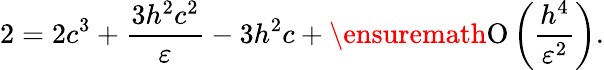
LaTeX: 2=2c^{3}+\frac{3h^{2}c^{2}}{\varepsilon}-3h^{2}c+\ensuremath{\operatorname{O}\left(\frac{h^{4}}{\varepsilon^{2}}\right)}.